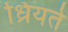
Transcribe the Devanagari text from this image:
ध्रियते